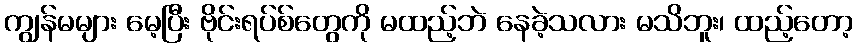
ကျွန်မများ မေ့ပြီး ဗိုင်းရပ်စ်တွေကို မထည့်ဘဲ နေခဲ့သလား မသိဘူး၊ ထည့်တော့